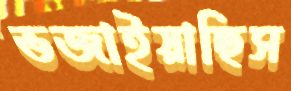
ভজাইয়াছিস